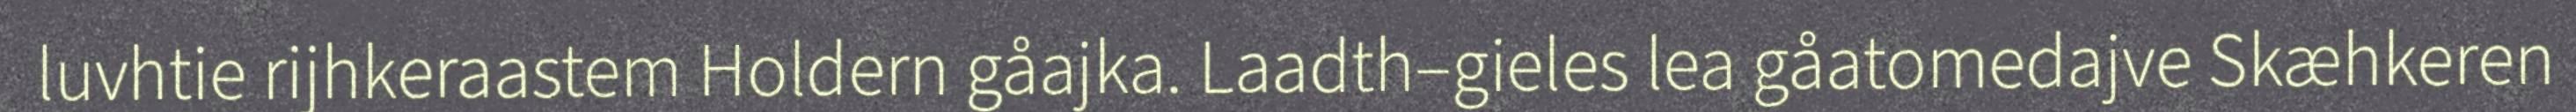
luvhtie rijhkeraastem Holdern gåajka. Laadth–gieles lea gåatomedajve Skæhkeren